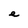
Character: e